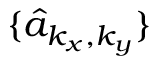
\{ \hat { a } _ { k _ { x } , k _ { y } } \}